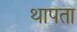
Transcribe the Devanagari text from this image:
थापता